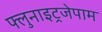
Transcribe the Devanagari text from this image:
फ्लुनाइट्रजेपाम